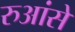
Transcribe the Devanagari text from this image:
रुआंसे